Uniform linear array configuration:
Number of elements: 32
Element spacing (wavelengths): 1
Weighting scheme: hamming
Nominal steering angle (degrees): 60
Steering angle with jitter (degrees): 60.499
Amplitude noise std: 0.05
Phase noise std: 0.05

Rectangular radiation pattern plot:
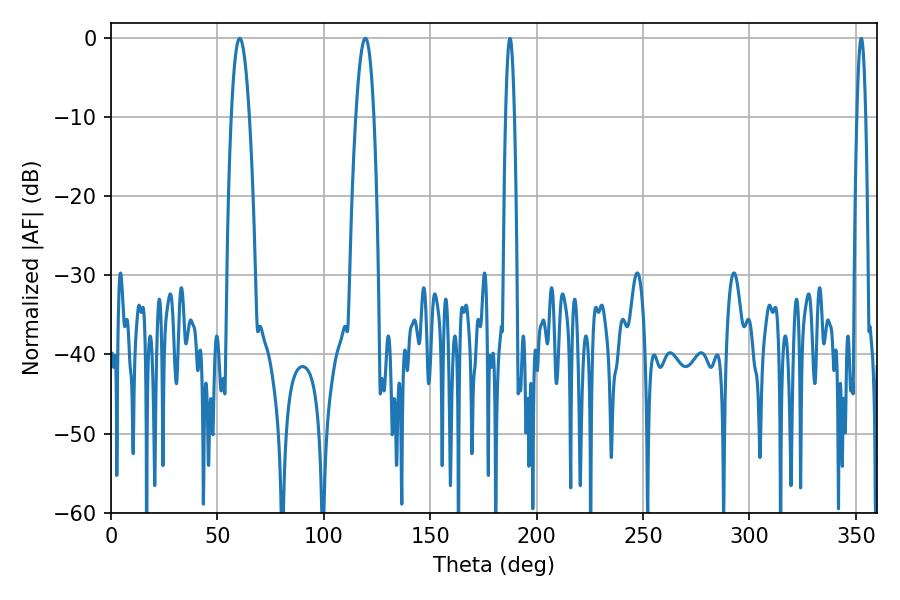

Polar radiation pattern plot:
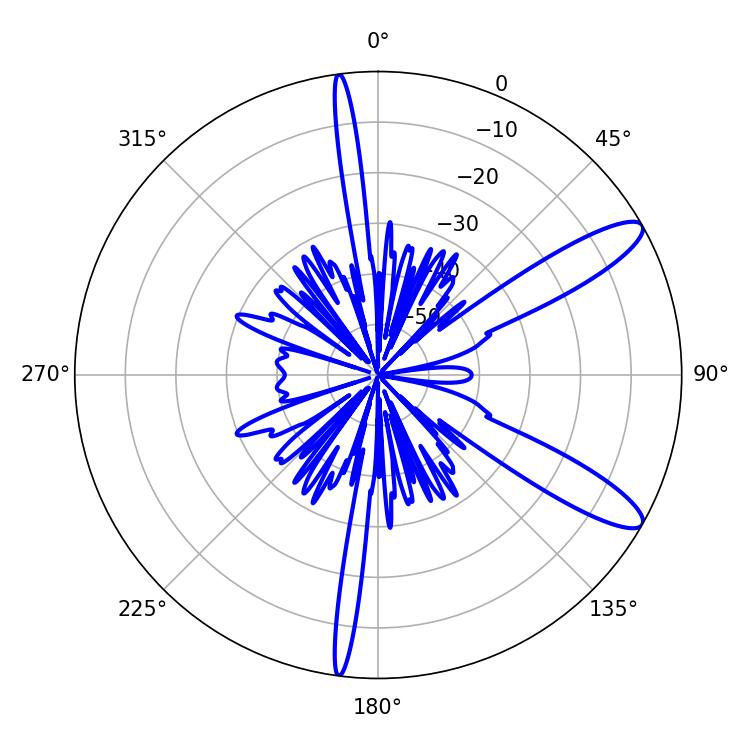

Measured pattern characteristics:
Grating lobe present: TRUE
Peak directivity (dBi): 11.476
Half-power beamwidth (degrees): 4.5
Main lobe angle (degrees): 60.48